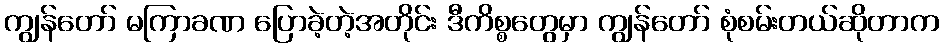
ကျွန်တော် မကြာခဏ ပြောခဲ့တဲ့အတိုင်း ဒီကိစ္စတွေမှာ ကျွန်တော် စုံစမ်းတယ်ဆိုတာက